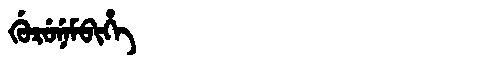
Manchu: ᡤᡠᡵᡠᠨᡝᠮᠪᡳᡥᡝ
Romanization: GURUNEMBIHE